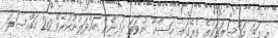
މި ފަދަ މައްސަލަތަކުގެ ތެރޭގައި ޙަޟާނާ ނުވަތަ ކުދިންނާ ބައްދަލުނުކުރެވޭ 20 މައްސަލަ